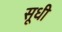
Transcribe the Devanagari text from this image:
सूधी